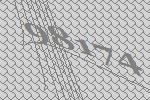
98174